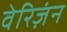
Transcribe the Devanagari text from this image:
वेरिज़ंन